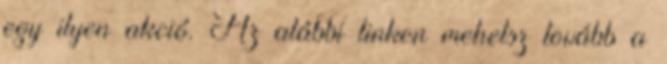
egy ilyen akció. Az alábbi linken mehetsz tovább a